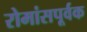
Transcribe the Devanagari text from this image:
रोमांसपूर्वक